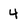
Character: 4